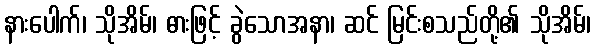
နားပေါက်၊ သိုအိမ်၊ ဓားဖြင့် ခွဲသောအနာ၊ ဆင် မြင်းစသည်တို့၏ သိုအိမ်၊